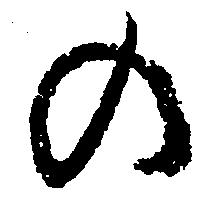
の